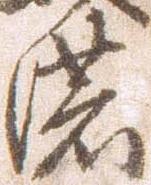
濃